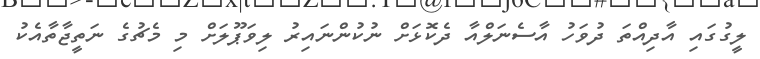
ލީގުގައި އާދިއްތަ ދުވަހު އާސެނަލްއާ ދެކޮޅަށް ނުކުންނައިރު ލިވަޕޫލަށް މި މެޗުގެ ނަތީޖާތާއެކު